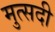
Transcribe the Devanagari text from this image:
मुत्सदी